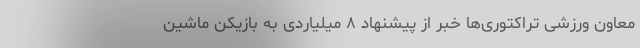
معاون ورزشی تراکتوری‌ها خبر از پیشنهاد ۸ میلیاردی به بازیکن ماشین